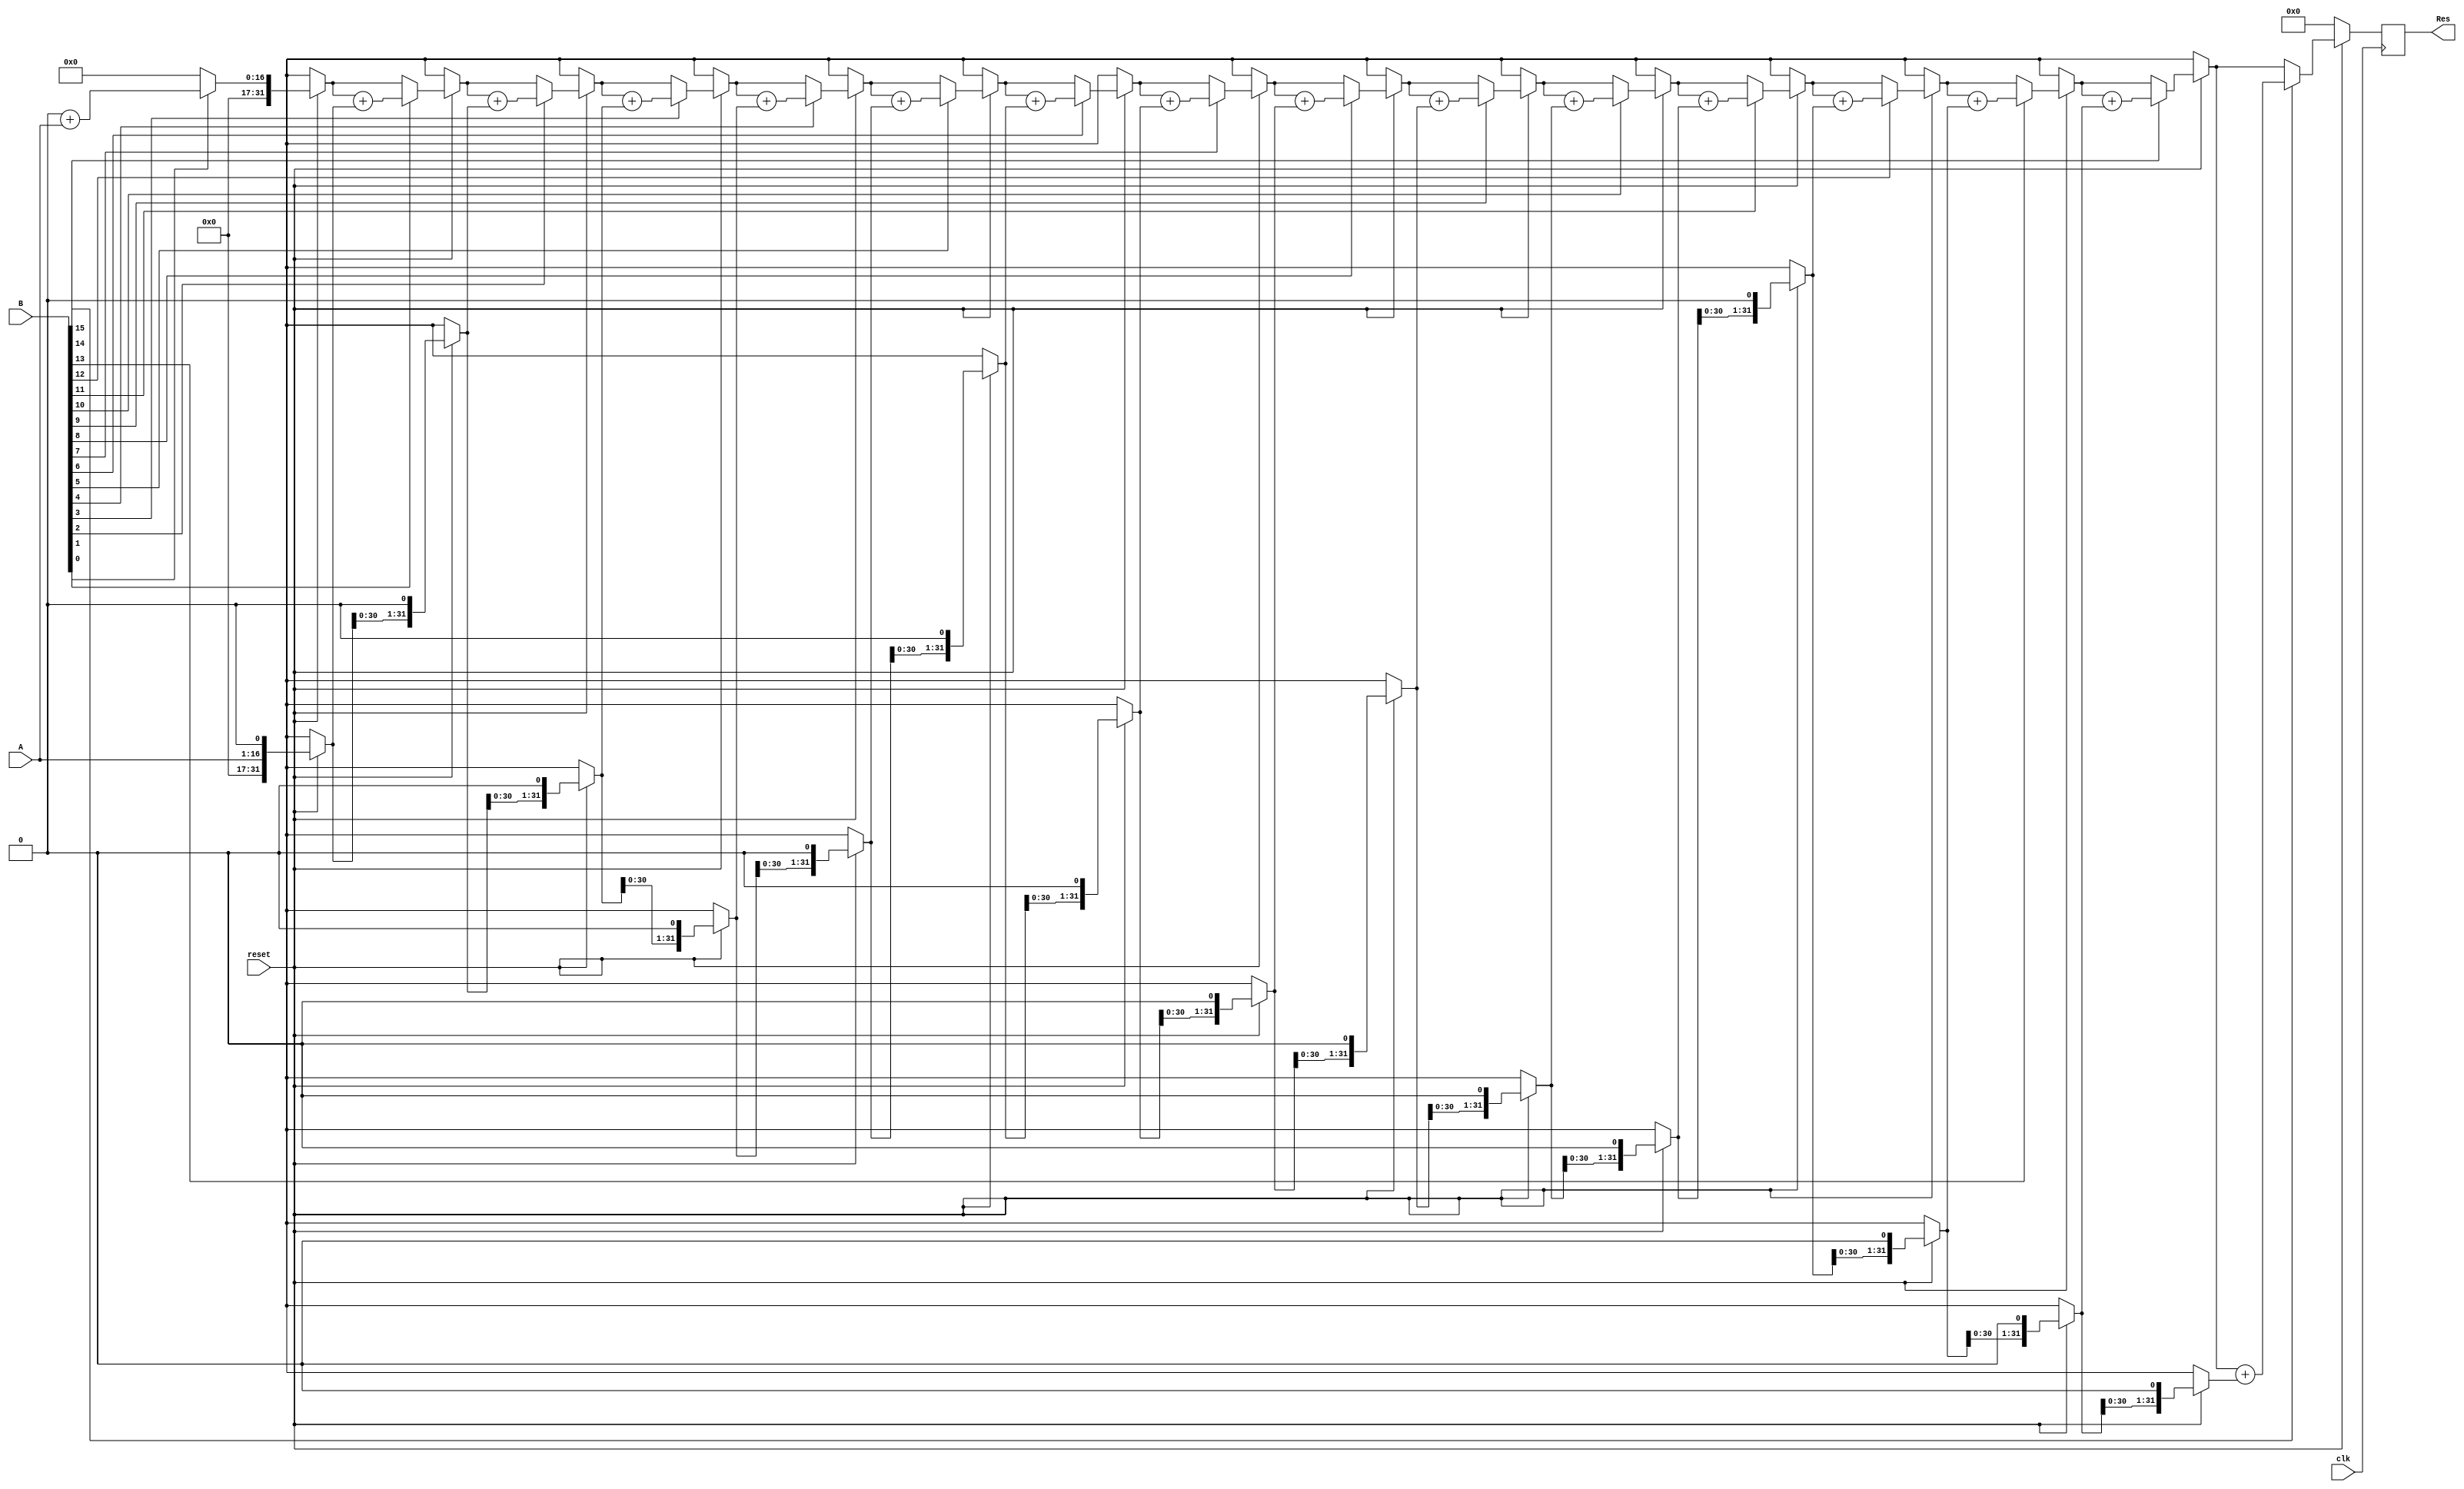
module unsigned_mul(clk,reset,A,B,Res);
    input clk, reset;
    input [15:0]A;
    input [15:0]B;
    output [31:0]Res;

    integer i;
    reg [31:0]prod;
    reg [31:0]temp_a;

    always @(posedge clk) begin
        if (!reset) begin
            prod <= 32'd0;
        end
        else begin
            prod = 32'd0;
            temp_a = {16'd0,A}; 
            for (i=0 ; i<32 ; i=i+1 ) begin
                if(B[i]) begin
                  prod = prod + temp_a;
                  temp_a = temp_a<<1;
                end
                else begin
                    temp_a = temp_a<<1;
                end
            end
        end
    end

    assign Res = prod;

endmodule